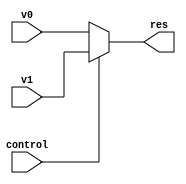
module MuxFor32Bits(
  input [31:0] v0,
  input [31:0] v1,
  input control,
  output reg [31:0] res

  );
assign res = control==0?v0:v1;

endmodule